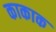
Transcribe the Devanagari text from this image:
काकाक